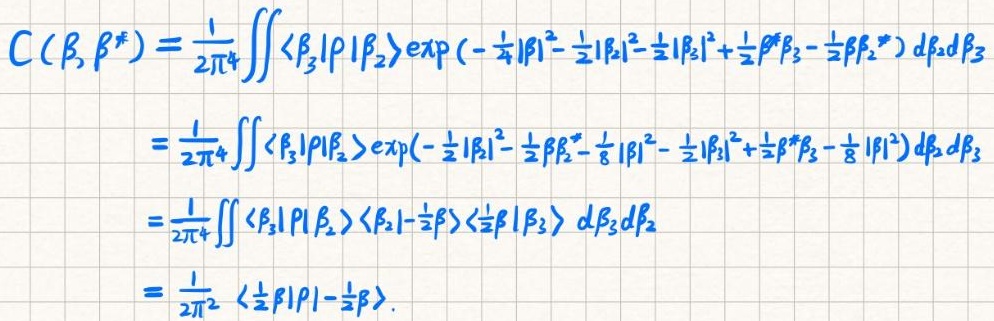
\[
\begin{align*}
C(\beta,\beta^*)&=\frac{1}{2\pi^4}\iint\langle\beta_3|\rho|\beta_2\rangle\exp\left(-\frac{1}{4}|\beta|^2-\frac{1}{2}|\beta_2|^2-\frac{1}{2}|\beta_3|^2+\frac{1}{2}\beta^*\beta_3-\frac{1}{2}\beta\beta_2^*\right)d\beta_2d\beta_3\\
&=\frac{1}{2\pi^4}\iint\langle\beta_3|\rho|\beta_2\rangle\exp\left(-\frac{1}{2}|\beta|^2-\frac{1}{2}\beta\beta_2^*-\frac{1}{8}|\beta|^2-\frac{1}{2}|\beta_3|^2+\frac{1}{2}\beta^*\beta_3-\frac{1}{8}|\beta|^2\right)d\beta_2d\beta_3\\
&=\frac{1}{2\pi^4}\iint\langle\beta_3|\rho|\beta_2\rangle\langle\beta_2|-\frac{1}{2}\beta\rangle\langle\frac{1}{2}\beta|\beta_3\rangle d\beta_3d\beta_2\\
&=\frac{1}{2\pi^2}\langle\frac{1}{2}\beta|\rho|-\frac{1}{2}\beta\rangle.
\end{align*}
\]